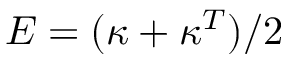
\boldsymbol { E = } ( \boldsymbol { \kappa } + \boldsymbol { \kappa } ^ { T } ) / 2